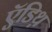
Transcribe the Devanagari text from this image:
ऍडिथ़